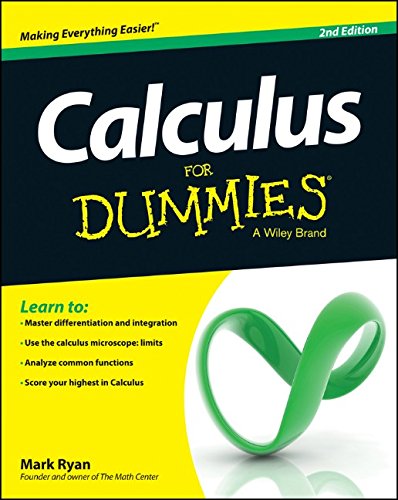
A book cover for Calculus For Dummies; Mark Ryan; Science & Math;